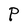
Character: P